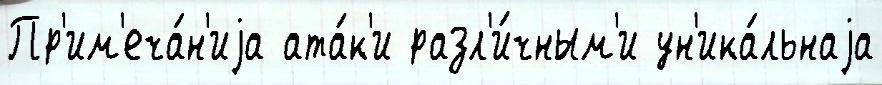
Пр'им'еча́н'иjа ата́к'и разл'и́чным'и ун'ика́льнаjа